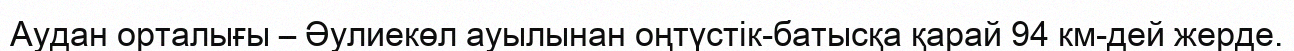
Аудан орталығы – Әулиекөл ауылынан оңтүстік-батысқа қарай 94 км-дей жерде.